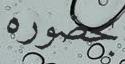
بحضوره